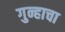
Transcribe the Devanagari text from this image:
गुन्हाचा